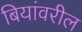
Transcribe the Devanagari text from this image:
बियांवरील